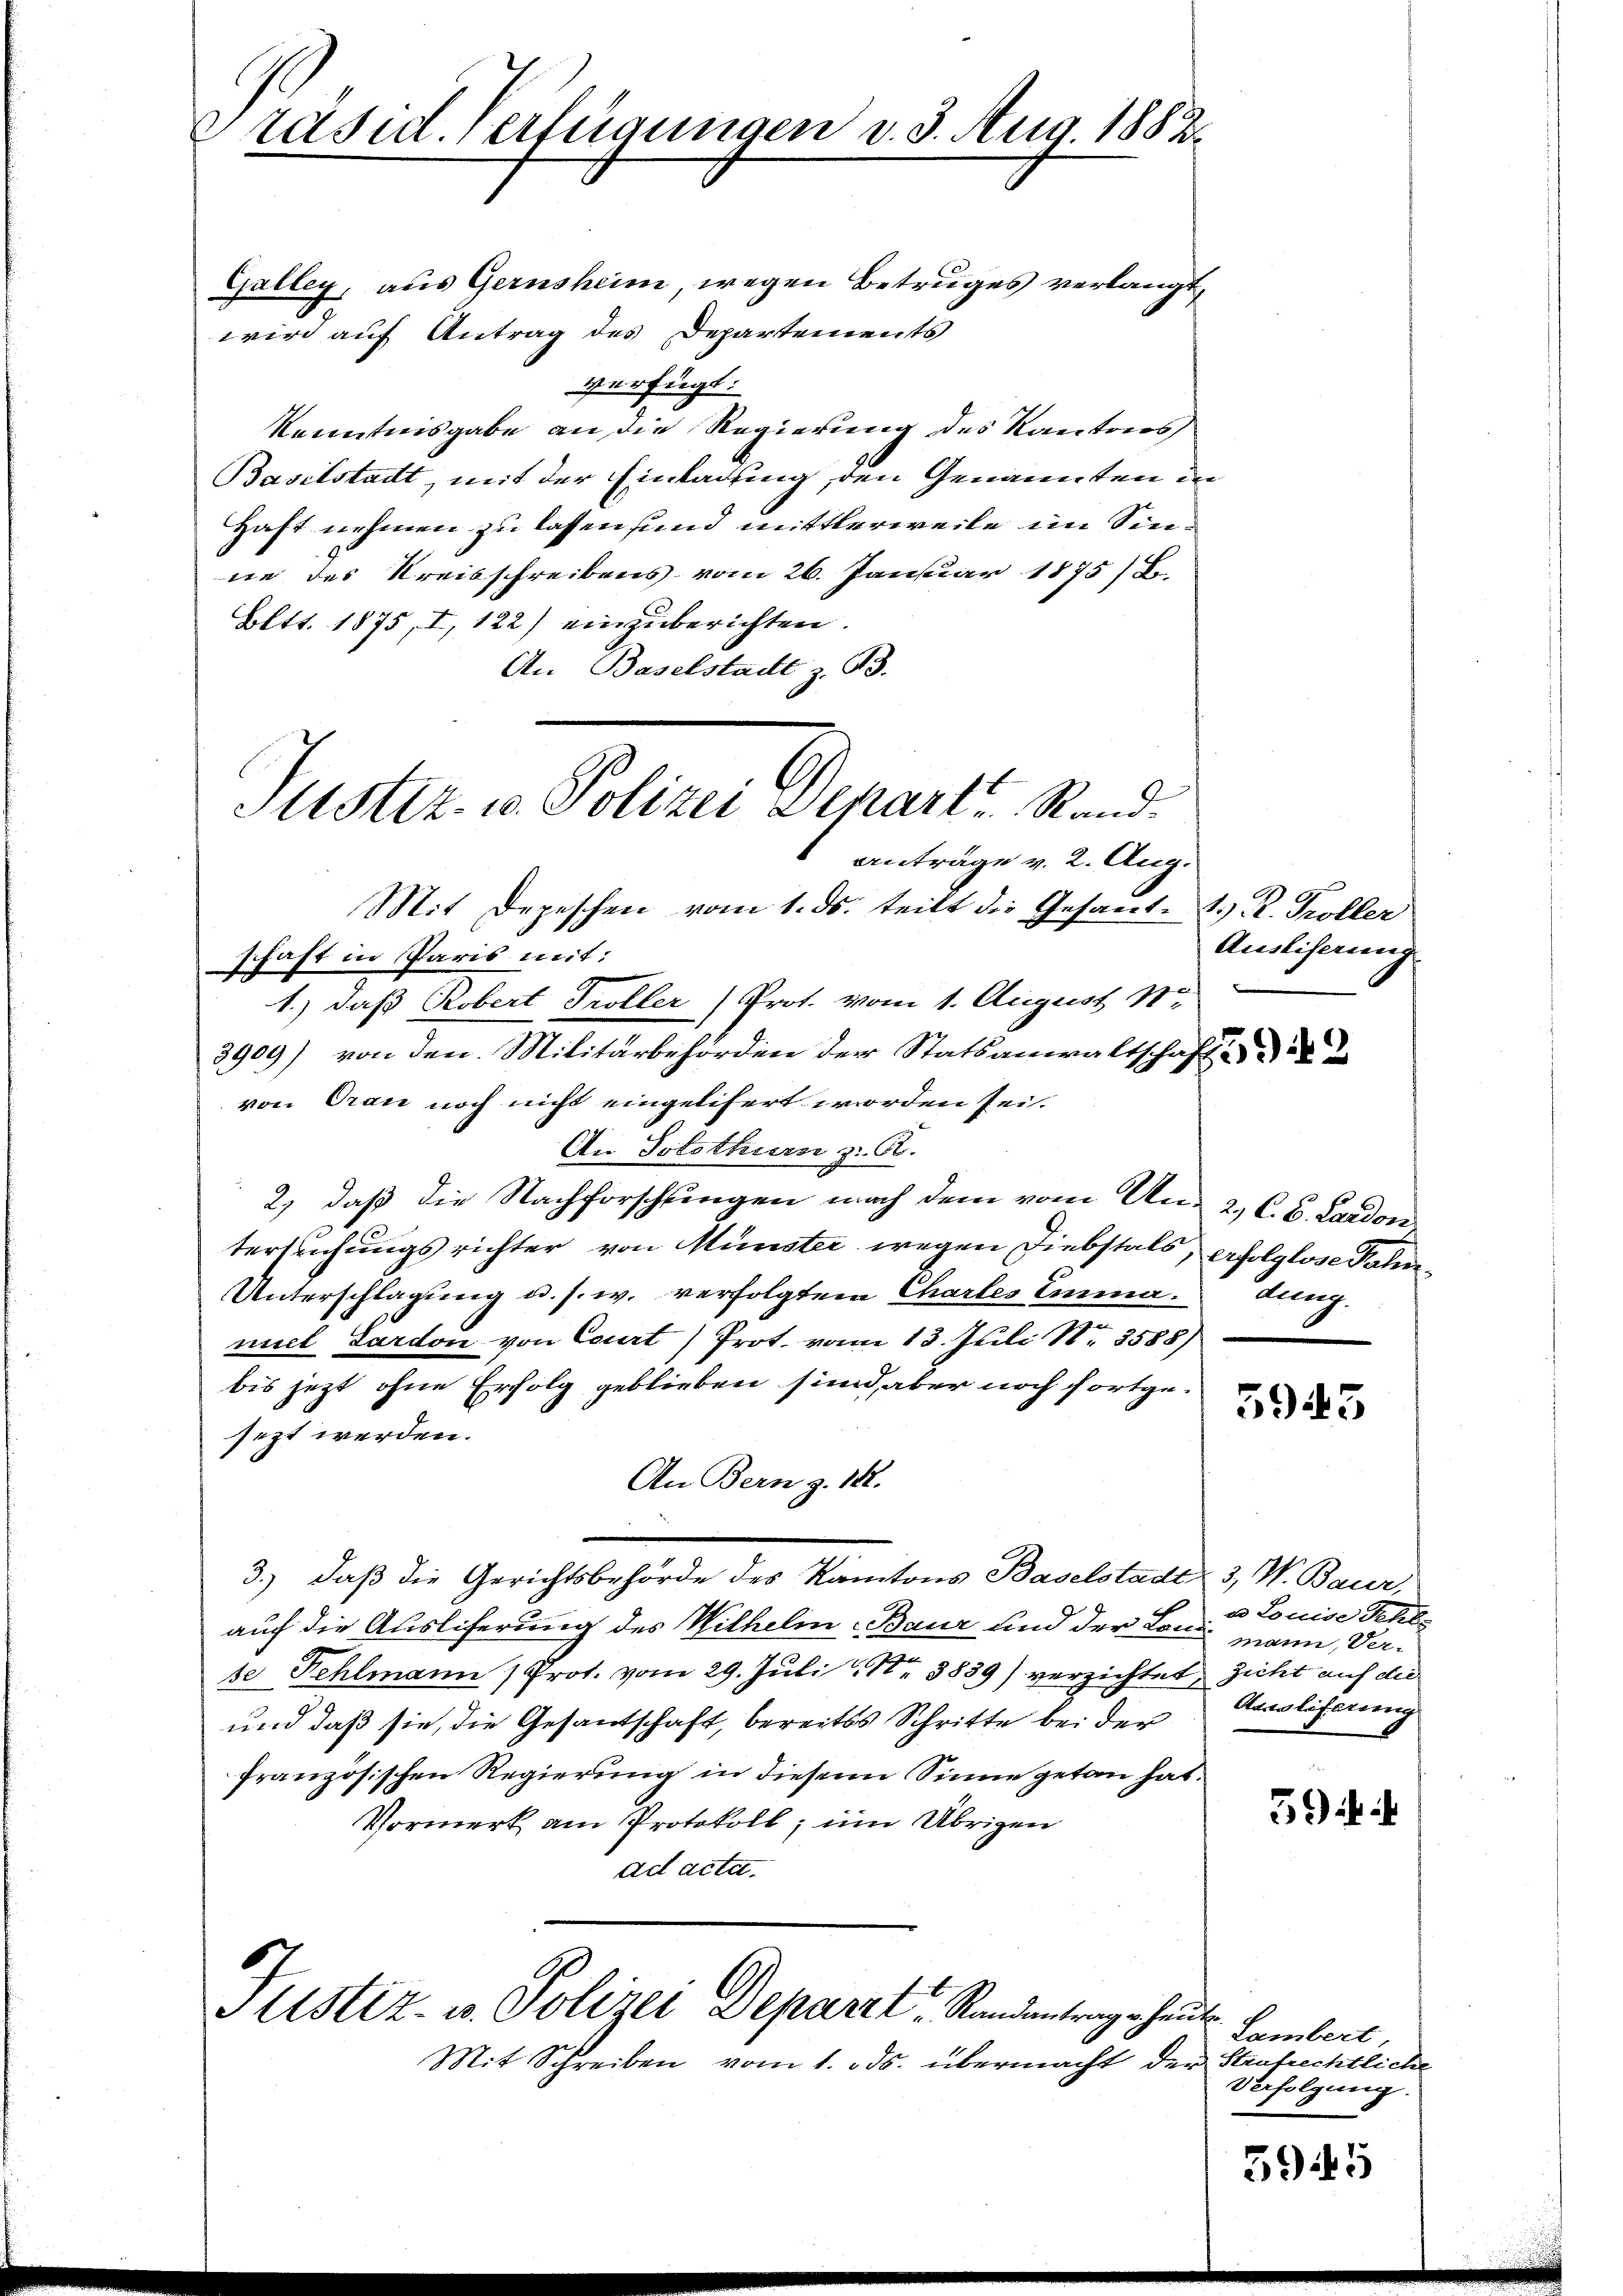
Präsid. Verfügungen v. 3. Aug. 1882.
Galley, aus Gernsheim, wegen Betruges verlangt,
wird auf Antrag des Departements

verfügt:
Kenntnisgabe an die Regierung des Kantons
Baselstadt, mit der Einladung, den Genannten in
Haft nehmen zu lassen sind mittlerweile im Sinne des Kreisschreibens vom 26. Januar 1875 / B.
Bett. 1875, I, 122) einzuberichten.
An Baselstadt z. 93.
Mit Depeschen vom 1. ds. teilt die Gesant. R. Troller
schaft in Paris mit:
1.) daß Robert Troller (Prot. vom 1. August 187
3909) von den Militärbehörden der Statsanwaltschaft
von Gran noch nicht eingelifert worden sei.
An Solothurn z. R.
2) daß die Nachforschlingen nach dem vom Un- 2) C. B. Lardon
tersuchungsrichter von Münster wegen Diebstals, erfolglose Jahn¬
Unterschlagung u. s. w. verfolgtem Chartes Emma. dung.
miel Parton von Court) Prot. vom 13. Juli 18. 3588)
bis jetzt ohne Erfolg geblieben sind, aber noch fortgesezt werden.
An Bern z. 142.
3.) Daß die Gerichtsbehörde des Kantons Baselstadt 3, W. Bauer,
auf die Ausliferung des Wilhelm Baur und der Land mann, Verse Fehlmann (Prot. vom 29. Juli 191. 3839) verzichtet sicht auf die
und daß sie, die Gesantschaft, bereitss Schritte bei der
französischen Regierung in diesem Sinne getan hat.
Vormerk am Protokoll, um Übrigen
ad acta.

Juster. u. Polizei Depart. Stand.
Anträge v. 2. Aug.

Justiz- u. Polizei Deparit. Randentrage heut

Mit Schreiben vom 1. ds. übermacht der Strafrechtliche

Auslicherung

5945

a Louise Rechts
Aarealifareng

59

Lambert,
Verfolgung.

5945